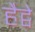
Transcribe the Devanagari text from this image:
हैट्वे